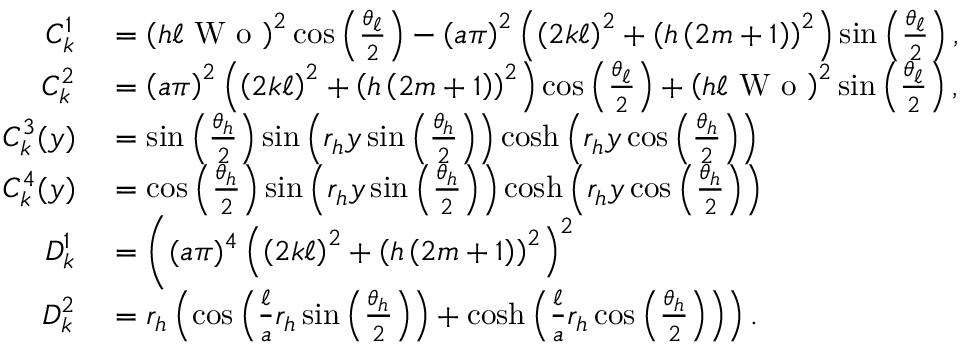
\begin{array} { r l } { C _ { k } ^ { 1 } } & { { } = \left( h \ell \textrm { W o } \right) ^ { 2 } \cos \left( \frac { \theta _ { \ell } } { 2 } \right) - \left( a \pi \right) ^ { 2 } \left( \left( 2 k \ell \right) ^ { 2 } + \left( h \left( 2 m + 1 \right) \right) ^ { 2 } \right) \sin \left( \frac { \theta _ { \ell } } { 2 } \right) , } \\ { C _ { k } ^ { 2 } } & { { } = \left( a \pi \right) ^ { 2 } \left( \left( 2 k \ell \right) ^ { 2 } + \left( h \left( 2 m + 1 \right) \right) ^ { 2 } \right) \cos \left( \frac { \theta _ { \ell } } { 2 } \right) + \left( h \ell \textrm { W o } \right) ^ { 2 } \sin \left( \frac { \theta _ { \ell } } { 2 } \right) , } \\ { C _ { k } ^ { 3 } ( y ) } & { { } = \sin \left( \frac { \theta _ { h } } { 2 } \right) \sin \left( r _ { h } y \sin \left( \frac { \theta _ { h } } { 2 } \right) \right) \cosh \left( r _ { h } y \cos \left( \frac { \theta _ { h } } { 2 } \right) \right) } \\ { C _ { k } ^ { 4 } ( y ) } & { { } = \cos \left( \frac { \theta _ { h } } { 2 } \right) \sin \left( r _ { h } y \sin \left( \frac { \theta _ { h } } { 2 } \right) \right) \cosh \left( r _ { h } y \cos \left( \frac { \theta _ { h } } { 2 } \right) \right) } \\ { D _ { k } ^ { 1 } } & { { } = \bigg ( ( a \pi ) ^ { 4 } \left( \left( 2 k \ell \right) ^ { 2 } + \left( h \left( 2 m + 1 \right) \right) ^ { 2 } \right) ^ { 2 } } \\ { D _ { k } ^ { 2 } } & { { } = r _ { h } \left( \cos \left( \frac { \ell } { a } r _ { h } \sin \left( \frac { \theta _ { h } } { 2 } \right) \right) + \cosh \left( \frac { \ell } { a } r _ { h } \cos \left( \frac { \theta _ { h } } { 2 } \right) \right) \right) . } \end{array}